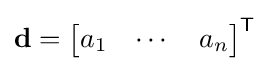
\mathbf {d} ={\begin{bmatrix}a_{1}&\dotsm &a_{n}\end{bmatrix}}^{\textsf {T}}